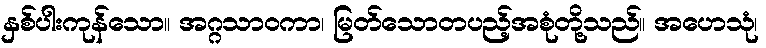
နှစ်ပါးကုန်သော။ အဂ္ဂသာဝကာ၊ မြတ်သောတပည့်အစုံတို့သည်။ အဟေသုံ၊